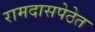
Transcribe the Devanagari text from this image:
रामदासपेठेत